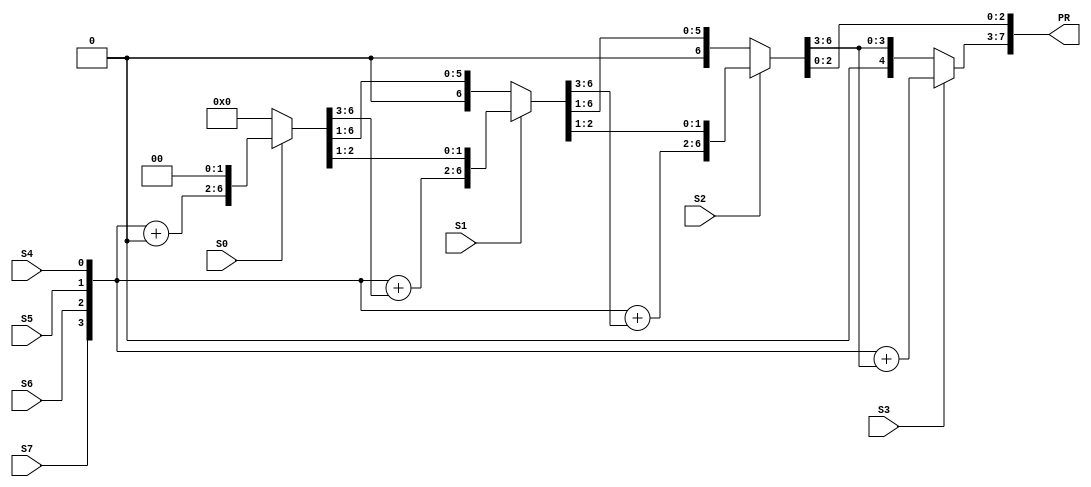
`timescale 1ns / 1ps

module Multiplier(S7, S6, S5, S4, S3, S2, S1, S0, PR);

	input S7, S6, S5, S4, S3, S2, S1, S0; // Multiplicand (4-bit): SW[7:4]; Multiplier (4-bit): SW[3:0]
	
	reg [3:0] MD, MR; // Multiplicand Register: MD; Multiplier Register: MR
	reg [7:0] RS; // Running Sum Register: RS
	output reg [7:0] PR; // Product Register: PR

	integer i; // Index Bit
	
	always@(S7, S6, S5, S4, S3, S2, S1, S0) begin
		MD[3] = S7; MD[2] = S6; MD[1] = S5; MD[0] = S4; // Load Multiplicand from SW[7:4]
		//$display("MD = ",MD);
		MR[3] = S3; MR[2] = S2; MR[1] = S1; MR[0] = S0; // Load Multiplier from SW[3:0]
		//$display("MR = ",MR);
		RS = 0; // Clear Running Sum Register
		for (i=0; i<=3; i=i+1) begin
			if (MR[i] == 1) begin // If Multiplier Bit is 1
				RS[7:3] = MD + RS[6:3]; // Load New Running Sum
				if (i != 3) begin
					RS = RS >> 1; // Shift Right the Running Sum
				end
			end
			else begin // If Multiplier Bit is 0
				if (i != 3) begin
					RS = RS >> 1; // Shift Right the Running Sum
				end
			end
		end
		PR = RS; // Load Product Register with Final Running Sum Value
		//$display("PR = ",PR);
	end

endmodule